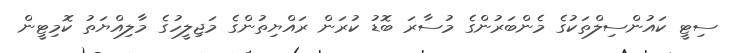
ސިޓީ ކައުންސިލްތަކުގެ މެންބަރުންގެ މުސާރަ ބޮޑު ކުރަން ރައްޔިތުންގެ މަޖިލީހުގެ މާލިއްޔަތު ކޮމިޓީން